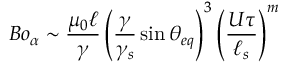
B o _ { \alpha } \sim \frac { \mu _ { 0 } \ell } { \gamma } \left( \frac { \gamma } { \gamma _ { s } } \sin { \theta _ { e q } } \right) ^ { 3 } \left( \frac { U \tau } { \ell _ { s } } \right) ^ { m }